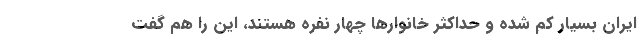
ایران بسیار کم شده و حداکثر خانوارها چهار نفره هستند، این را هم گفت